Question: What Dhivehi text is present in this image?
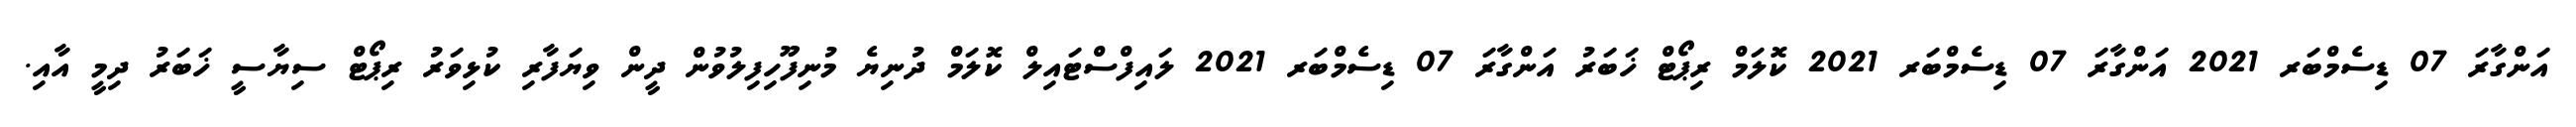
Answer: އަންގާރަ 07 ޑިސެމްބަރ 2021 އަންގާރަ 07 ޑިސެމްބަރ 2021 ކޮލަމް ރިޕޯޓް ޚަބަރު އަންގާރަ 07 ޑިސެމްބަރ 2021 ލައިފްސްޓައިލް ކޮލަމް ދުނިޔެ މުނިފޫހިފިލުވުން ދީން ވިޔަފާރި ކުޅިވަރު ރިޕޯޓް ސިޔާސީ ޚަބަރު ދިމީ އާއި.